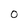
Character: 0